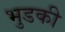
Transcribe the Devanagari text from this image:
भुडकी